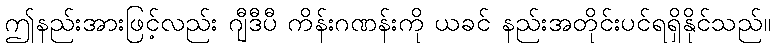
ဤနည်းအားဖြင့်လည်း ဂျီဒီပီ ကိန်းဂဏန်းကို ယခင် နည်းအတိုင်းပင်ရရှိနိုင်သည်။